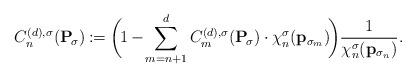
LaTeX: \begin{align*}C_{n}^{(d), \sigma}(\mathbf{P}_{\!\sigma})\coloneqq \bigg(\! 1-\!\sum_{m=n+1}^{d} C_m^{(d),\sigma}(\mathbf{P}_{\!\sigma})\cdot \chi_n^{\sigma}(\mathbf{p}_{\sigma_m})\! \bigg) \frac{1}{\chi_n^{\sigma}(\mathbf{p}_{\sigma_n})}.\end{align*}